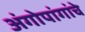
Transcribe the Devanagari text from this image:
अंगोपांगांचे